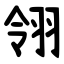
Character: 翎